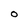
Character: O